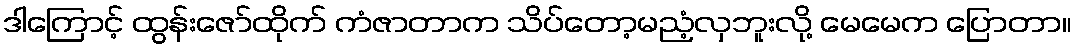
ဒါကြောင့် ထွန်းဇော်ထိုက် ကံဇာတာက သိပ်တော့မညံ့လှဘူးလို့ မေမေက ပြောတာ။